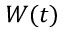
W ( t )